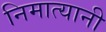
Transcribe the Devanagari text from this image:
निमात्यानी